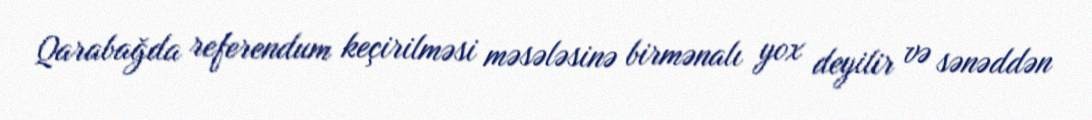
Qarabağda referendum keçirilməsi məsələsinə birmənalı yox deyilir və sənəddən